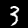
Digit: 3